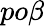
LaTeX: po\beta